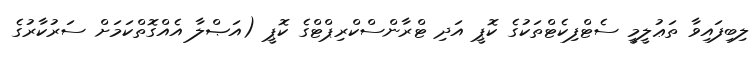
ލިބިފައިވާ ތަޢުލީމީ ސެޓްފިކެޓްތަކުގެ ކޮޕީ އަދި ޓްރާންސްކްރިޕްޓްގެ ކޮޕީ (އަޞްލާ އެއްގޮތްކަމަށް ސަރުކާރުގެ